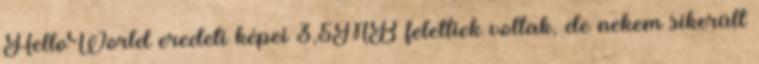
HelloWorld eredeti képei 3,5MB felettiek voltak, de nekem sikerült